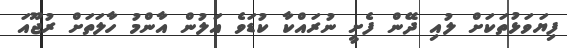
ފިޔަވަޅުތަކަށް ލުއި ދޭން ފެށީ ނުރައްކާ ކުޑަވެ އަލުން އާންމު ހާލަތަށް ރުޖޫއަ